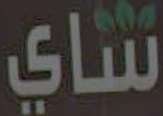
شاي